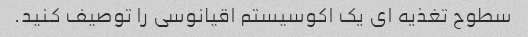
سطوح تغذیه ای یک اکوسیستم اقیانوسی را توصیف کنید.